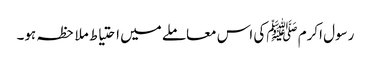
رسول اکرم ﷺکی اس معاملے میں احتیاط ملاحظہ ہو۔